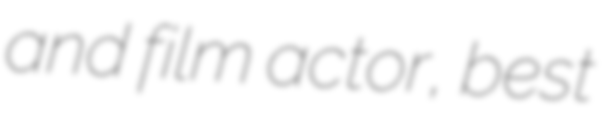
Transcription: and film actor, best